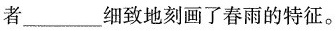
者___细致地刻画了春雨的特征。